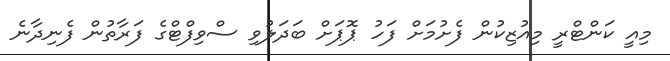
މިއީ ކަންޓްރީ މިއުޒިކުން ފެށުމަށް ފަހު ޕޮޕަށް ބަދަލުވި ސްވިފްޓްގެ ފަރާތުން ފެނިދާނެ